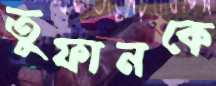
তুফানকে